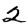
Digit: 2